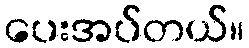
ပေးအပ်တယ်။